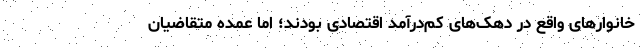
خانوارهای واقع در دهک‌‌های کم‌‌درآمد اقتصادی بودند؛ اما عمده متقاضیان